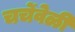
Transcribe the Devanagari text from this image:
चर्चेवेळी